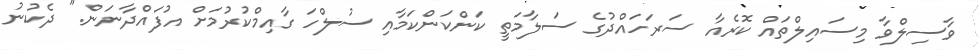
ވާސިލްވާ މިސައިލްތައް ކޮރެއާ ސަރަހައްދުގެ ސަލާމަތީ ކަންކަންކަމާއި ސުލްހަ ގާއިމްކުރުމަށް އުފައްދާނަން." ދެކުނު